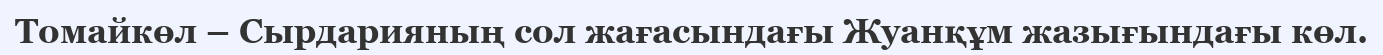
Томайкөл – Сырдарияның сол жағасындағы Жуанқұм жазығындағы көл.